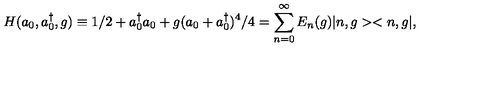
H ( a _ { 0 } , a _ { 0 } ^ { \dag } , g ) \equiv 1 / 2 + a _ { 0 } ^ { \dag } a _ { 0 } + g ( a _ { 0 } + a _ { 0 } ^ { \dag } ) ^ { 4 } / 4 = \sum _ { n = 0 } ^ { \infty } E _ { n } ( g ) | n , g > < n , g | ,